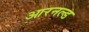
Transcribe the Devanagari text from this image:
आरनल्‍ड